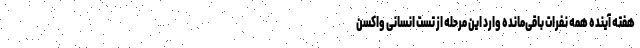
هفته آینده همه نفرات باقی‌مانده وارد این مرحله از تست انسانی واکسن